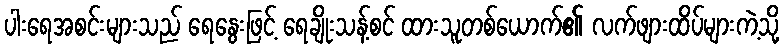
ပါးရေအစင်းများသည် ရေနွေးဖြင့် ရေချိုးသန့်စင် ထားသူတစ်ယောက်၏ လက်ဖျားထိပ်များကဲ့သို့